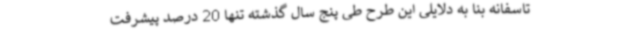
تاسفانه بنا به دلایلی این طرح طی پنج سال گذشته تنها 20 درصد پیشرفت